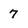
Character: 7